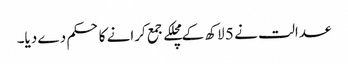
عدالت نے 5 لاکھ کے مچلکے جمع کرانے کا حکم دے دیا۔